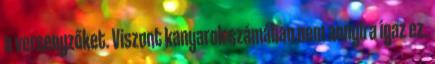
a versenyzőket. Viszont kanyarok számában nem annyira igaz ez.